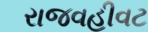
રાજવહીવટ